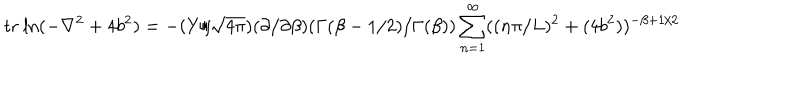
LaTeX: \mathrm { t r ~ l n } ( - \nabla ^ { 2 } + 4 b ^ { 2 } ) = - ( Y / \sqrt { 4 \pi } ) ( \partial / \partial \beta ) ( \Gamma ( \beta - 1 / 2 ) / \Gamma ( \beta ) ) \sum _ { n = 1 } ^ { \infty } ( ( n \pi / L ) ^ { 2 } + ( 4 b ^ { 2 } ) ) ^ { - \beta + 1 / 2 }